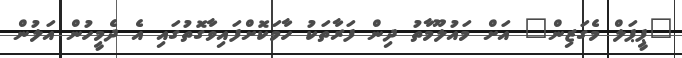
"ޕީޕަލް މެގަޒިން" އަށް މައުލޫމާތު ދިން ފަރާތަކު ހާމަކޮށްފައިވާގޮތުގައި އެ ދެމީހުން އަލުން